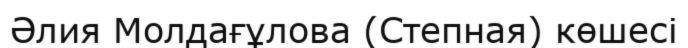
Әлия Молдағұлова (Степная) көшесі